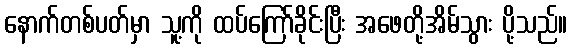
နောက်တစ်ပတ်မှာ သူ့ကို ထပ်ကြော်ခိုင်းပြီး အဖေတို့အိမ်သွား ပို့သည်။